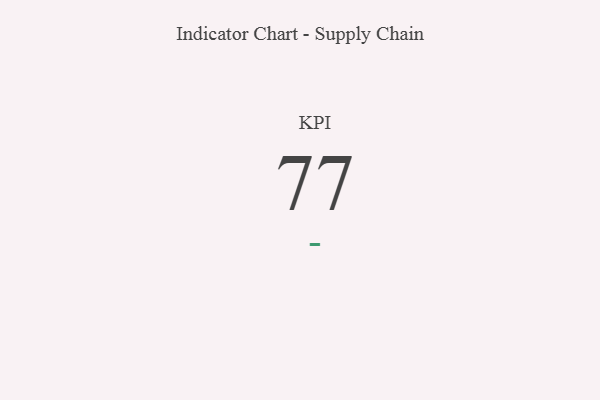
{"axis": {"x": "KPI", "y": "Value"}, "legend": [""], "data": [{"x": "KPI", "y": 77, "type": ""}]}